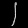
Digit: ၂